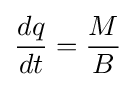
{\frac {dq}{dt}}={\frac {M}{B}}